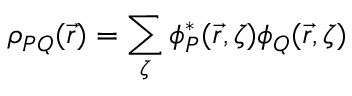
\rho _ { P Q } ( \vec { r } ) = \sum _ { \zeta } \phi _ { P } ^ { * } ( \vec { r } , \zeta ) \phi _ { Q } ( \vec { r } , \zeta )